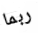
ربما